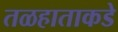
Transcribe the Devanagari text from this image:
तळहाताकडे